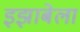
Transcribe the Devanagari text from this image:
इझाबेला